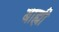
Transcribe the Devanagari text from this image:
बाह्मी